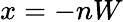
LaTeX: x=-nW